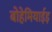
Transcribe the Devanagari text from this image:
बोहेमियाईइ